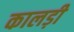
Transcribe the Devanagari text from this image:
कालड़ी